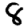
Digit: 8